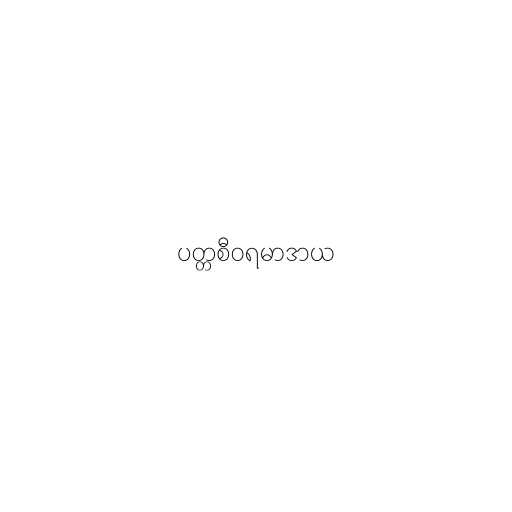
ပတ္တစီဝရမာဒာယ